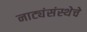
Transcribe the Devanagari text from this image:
नाट्यंसंस्थेचे